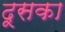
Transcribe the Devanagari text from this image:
दूसका